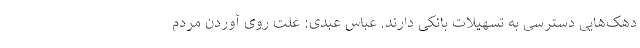
دهک‌هایی دسترسی به تسهیلات بانکی دارند. عباس عبدی: علت روی آوردن مردم